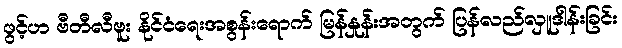
ဖွင့်ဟ ဗီတီလီဗူး နိုင်ငံရေးအစွန်းရောက် မြန်နှုန်းအတွက် ပြန်လည်လှူဒါန်းခြင်း